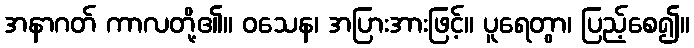
အနာဂတ် ကာလတို့၏။ ဝသေန၊ အပြားအားဖြင့်။ ပူရေတွာ၊ ပြည့်စေ၍။